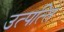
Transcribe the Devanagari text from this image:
उत्‍पत्‍ति